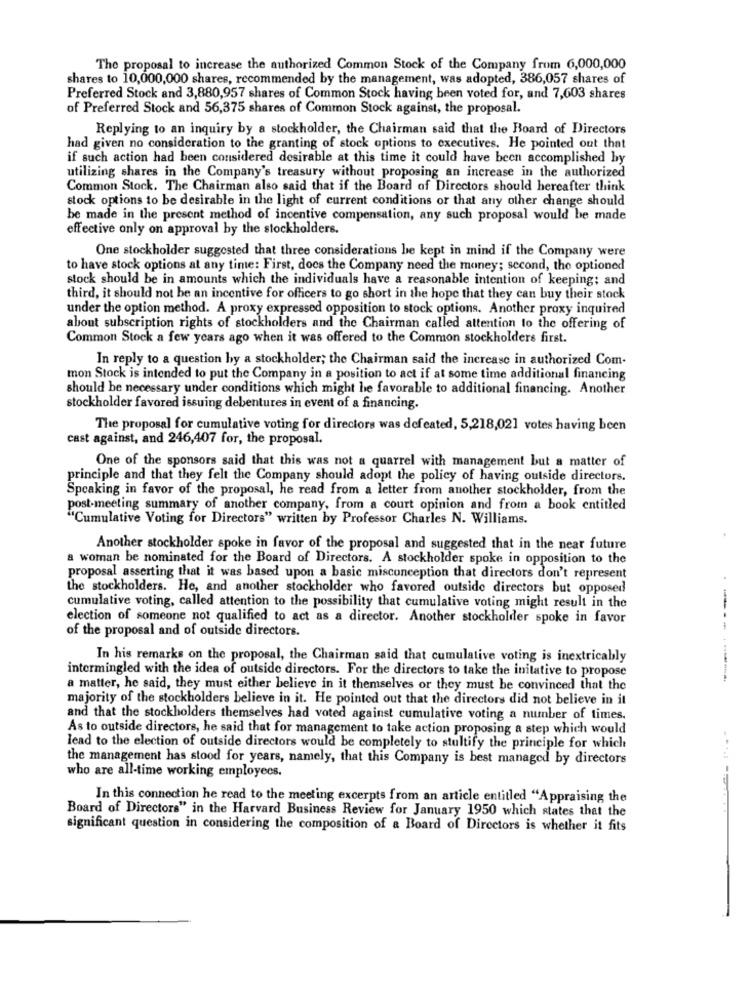
The proposal to increase the authorized Common Stock of the Company from 6,000,000
shares to 10,000,000 shares, recommended by the management, was adopted, 386,057 shares of
Preferred Stock and 3,880,957 shares of Common Stock having been voted for, and 7,603 shares
of Preferred Stock and 56,375 shares of Common Stock against, the proposal.
Replying to an inquiry by a stockholder, the Chairman said that the Board of Directors
had given no consideration to the granting of stock options to executives. He pointed out that
if such action had been considered desirable at this time it could have been accomplished by
utilizing shares in the Company's treasury without proposing an increase in the authorized
Common Stock. The Chairman also said that if the Board of Directors should hereafter think
stock options to be desirable in the light of current conditions or that any other change should
be made in the present method of incentive compensation, any such proposal would be made
effective only on approval by the stockholders.
One stockholder suggested that three considerations be kept in mind if the Company were
to have stock options at any time: First, does the Company need the money; second, the optioned
stock should be in amounts which the individuals have a reasonable intention of keeping; and
third, it should not be an incentive for officers to go short in the hope that they can buy their stock
under the option method. A proxy expressed opposition to stock options. Another proxy inquired
about subscription rights of stockholders and the Chairman called attention to the offering of
Common Stock a few years ago when it was offered to the Common stockholders first.
In reply to a question by a stockholder; the Chairman said the increase in authorized Com-
mon Stock is intended to put the Company in a position to act if at some time additional financing
should be necessary under conditions which might he favorable to additional financing. Another
stockholder favored issuing debentures in event of a financing.
The proposal for cumulative voting for directors was defeated, 5,218,021 votes having been
cast against, and 246,407 for, the proposal.
One of the sponsors said that this was not a quarrel with management but a matter of
principle and that they felt the Company should adopt the policy of having outside directors.
Speaking in favor of the proposal, he read from a letter from another stockholder, from the
post-meeting summary of another company, from a court opinion and from a book entitled
"Cumulative Voting for Directors" written by Professor Charles N. Williams.
Another stockholder spoke in favor of the proposal and suggested that in the near future
a woman be nominated for the Board of Directors. A stockholder spoke in opposition to the
proposal asserting that it was based upon a basic misconception that directors don't represent
the stockholders. He, and another stockholder who favored outside directors but opposed
cumulative voting, called attention to the possibility that cumulative voting might result in the
election of someone not qualified to act as a director. Another stockholder spoke in favor
of the proposal and of outside directors.
In his remarks on the proposal, the Chairman said that cumulative voting is inextricably
intermingled with the idea of outside directors. For the directors to take the initative to propose
-------
a matter, he said, they must either believe in it themselves or they must be convinced that the
majority of the stockholders believe in it. He pointed out that the directors did not believe in it
and that the stockholders themselves had voted against cumulative voting a number of times.
As to outside directors, he said that for management to take action proposing a step which would
lead to the election of outside directors would be completely to stultify the principle for which
the management has stood for years, namely, that this Company is best managed by directors
who are all-time working employees.
In this connection he read to the meeting excerpts from an article entitled "Appraising the
Board of Directors" in the Harvard Business Review for January 1950 which states that the
significant question in considering the composition of a Board of Directors is whether it fits